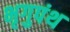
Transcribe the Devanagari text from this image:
भृगुपंथ